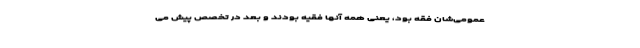
عمومی‌شان فقه بود، یعنی همه آنها فقیه بودند و بعد در تخصص پیش می‌